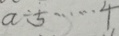
a \div 5 \cdots 4